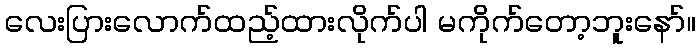
လေးပြားလောက်ထည့်ထားလိုက်ပါ မကိုက်တော့ဘူးနော်။